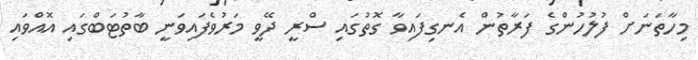
މިހާތަނަށް ފުލުހުންގެ ފަރާތުން އެނގިފައިވާ ގޮތުގައި ސްރީ ދޭވީ މަރުވެފައިވަނީ ބާތުޓަބްގައި އޮއްވައި